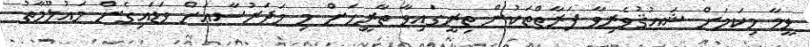
ވީމާ މިކަމަށް ޝައުޤުވެރިވާ ފަރާތްތަކުން ތިރީގައިވާ ތާރީޚަށް މި މަދަރުސާއަށް ވަޑައިގެން މަޢުލޫމާތު